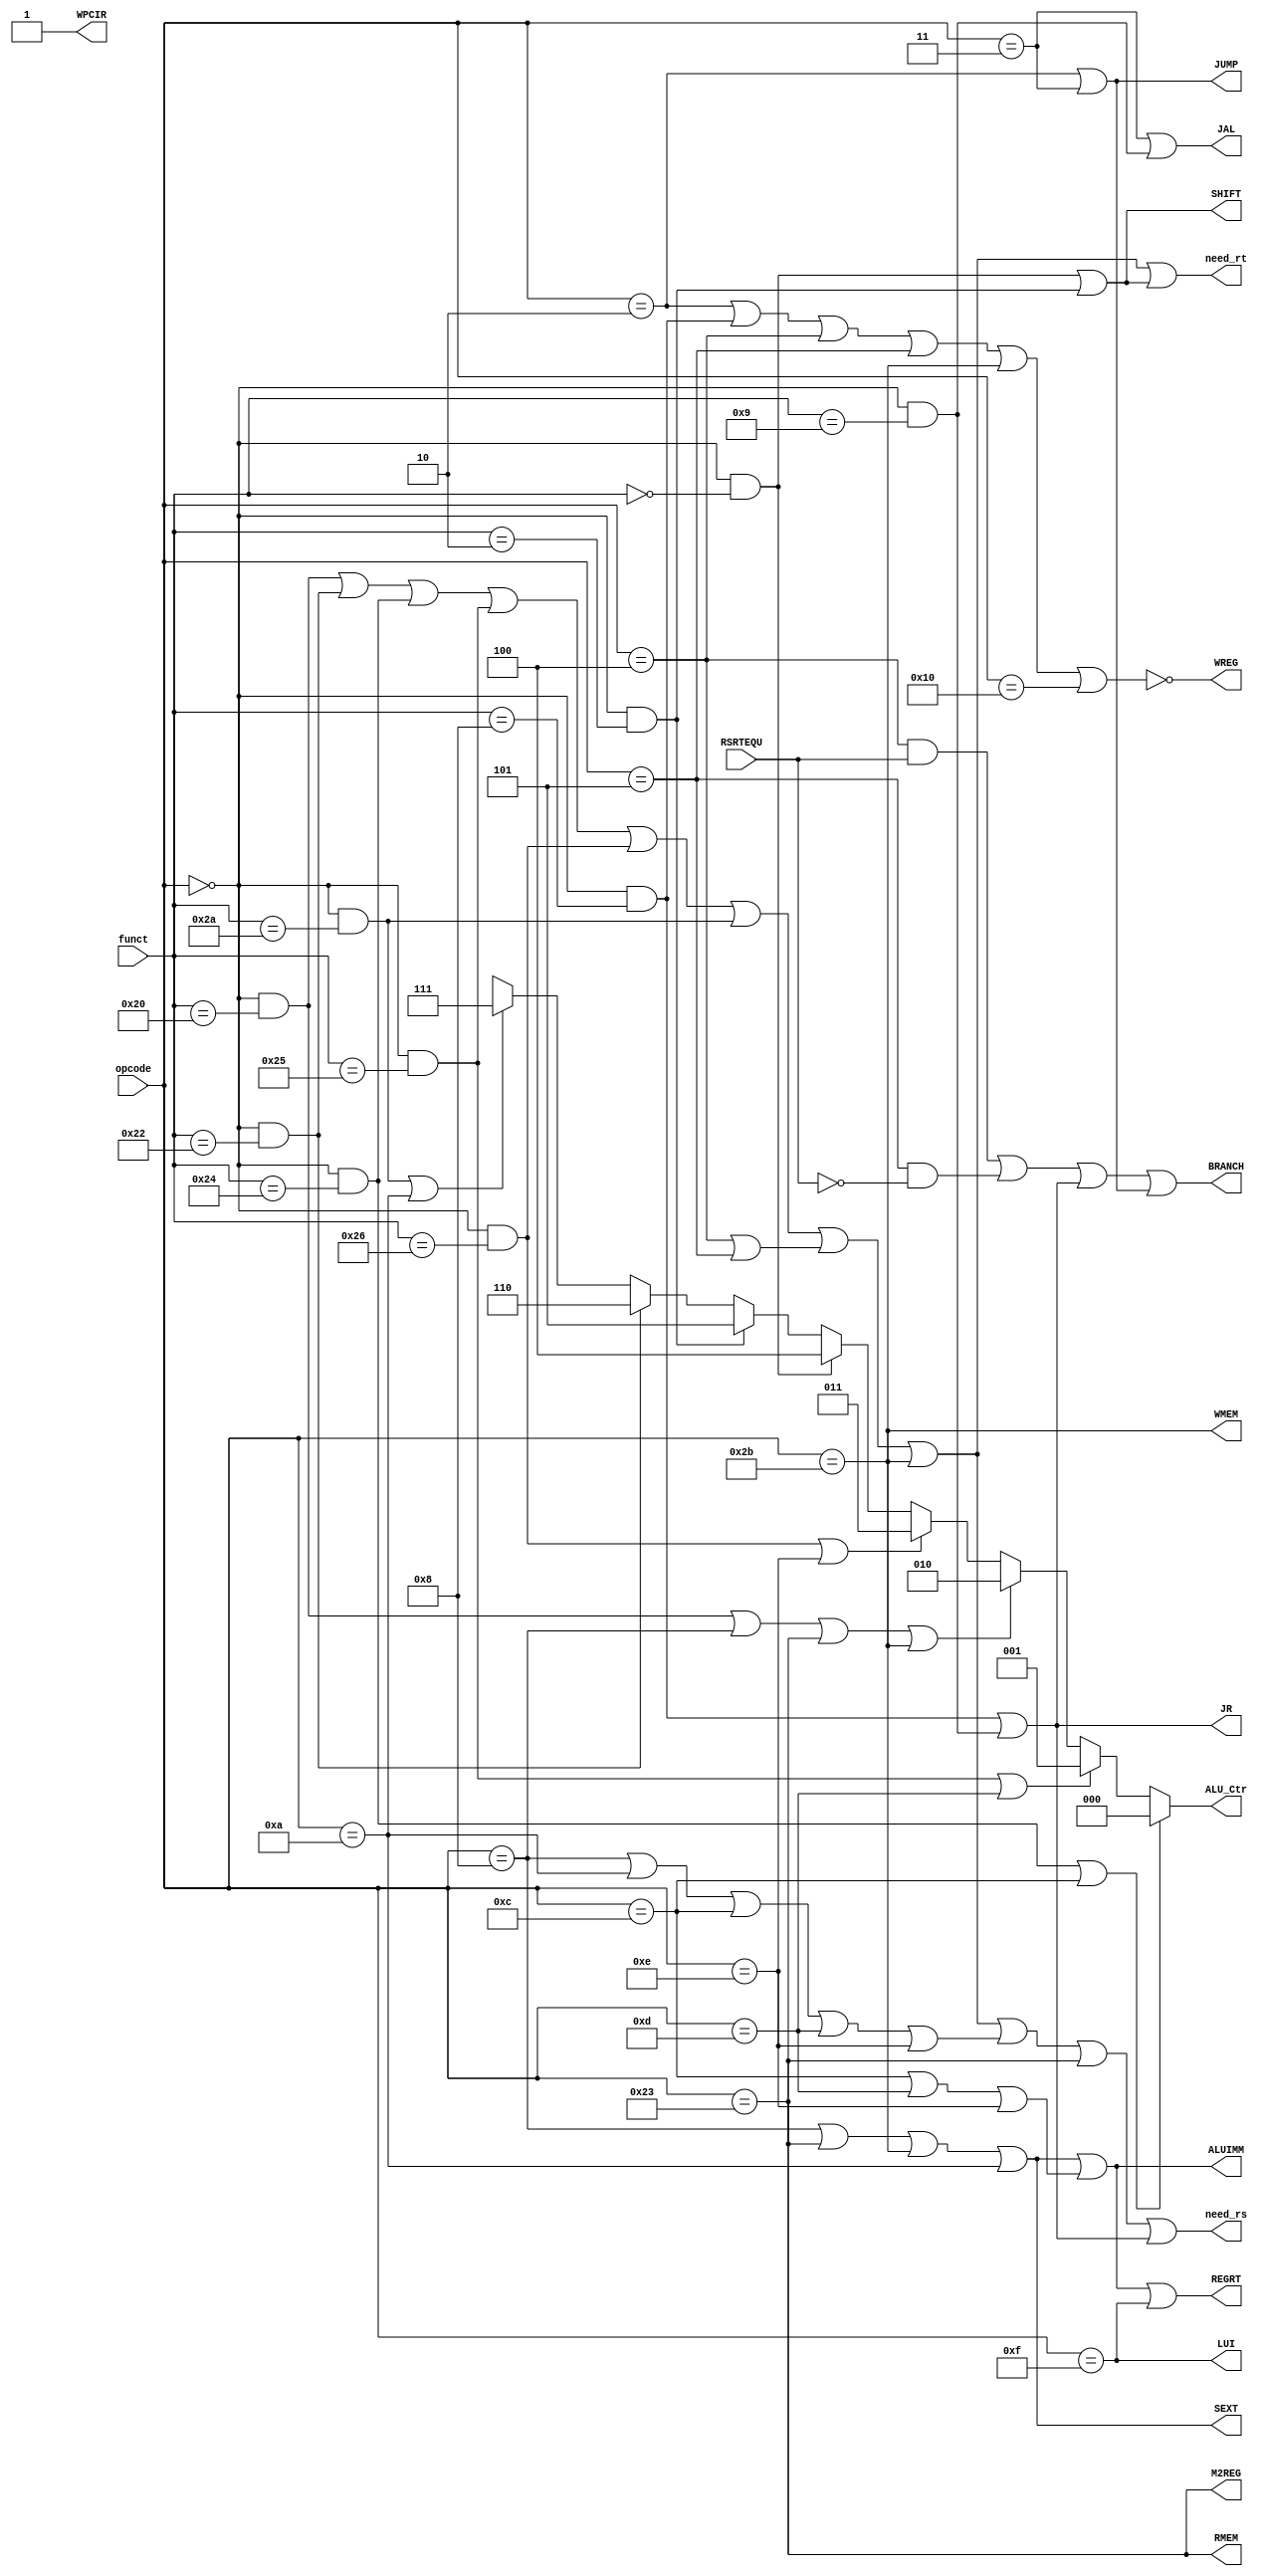
// *Extended support: see mips_define.instructions
module Control(
    input [5:0] opcode,
    input [5:0] funct,
    input RSRTEQU,

    output JAL,
    output LUI,
    output WREG,
    output M2REG,
    output RMEM,
    output WMEM,
    output reg [2:0] ALU_Ctr,
    output ALUIMM,
    output SHIFT,
    output SEXT,
    output REGRT,
    output JR,
    output JUMP,
    output BRANCH,
    output WPCIR,
    output need_rs,
    output need_rt
    );
// parsing R-instr
wire ALURR = opcode==6'b0;
wire add = ALURR & funct==6'b100000;
wire sub = ALURR & funct==6'b100010;
wire and_ = ALURR & funct==6'b100100;
wire or_ = ALURR & funct==6'b100101;
wire xor_ = ALURR & funct==6'b100110;
wire sll = ALURR & funct==6'b000000;    //! special dta
wire srl = ALURR & funct==6'b000010;    //! special dta
wire slt = ALURR & funct==6'b101010;
wire jr = ALURR & funct==6'b001000;
wire jalr = ALURR & funct==6'b001001;   // R-type
// parsing J,I-instr
wire addi = opcode==6'b001000;
wire andi = opcode==6'b001100;
wire ori = opcode==6'b001101;
wire xori = opcode==6'b001110;
wire lw = opcode==6'b100011;
wire sw = opcode==6'b101011;
wire lui = opcode==6'b001111;
wire slti = opcode==6'b001010;
wire beq = opcode==6'b000100;
wire bne = opcode==6'b000101;   // I-type
wire j = opcode==6'b000010;
wire jal = opcode==6'b000011;   // J-type
wire eret = opcode==6'b010000;
// oprand arrangement
wire dst = add | sub | and_ | or_ | xor_ | slt;
wire sto = beq | bne;
wire tsi = addi | slti | andi | ori | xori;
wire S = jr | jalr;
wire dta = sll | srl;
// Datapath control
assign JAL = jal | jalr;
assign LUI = lui;
assign WREG = ~(j | jr | beq | bne | sw | eret);
assign RMEM = lw;
assign WMEM = sw;
assign ALUIMM = SEXT | (andi | ori | xori);
assign SHIFT = sll | srl;
assign SEXT = addi | lw | sw | slti;
assign REGRT = ALUIMM | lui;
assign JR = jr | jalr;
assign JUMP = j | jal;
assign BRANCH = beq & RSRTEQU | bne & ~RSRTEQU | JR | JUMP; //! pc to another basic block; bad name
assign WPCIR = 1'b1;
assign M2REG = lw;

always @* begin
    if (and_ | andi) ALU_Ctr = 0;
    else if (or_ | ori) ALU_Ctr = 1;
    else if (add | addi | lw | sw) ALU_Ctr = 2;
    else if (xor_ | xori) ALU_Ctr = 3;
    else if (sll) ALU_Ctr = 4;
    else if (srl) ALU_Ctr = 5;
    else if (sub) ALU_Ctr = 6;
    else if (slt | slti) ALU_Ctr = 7;
    else ALU_Ctr = 'bx;
end
// oprand dependency
assign need_rs = dst | sto | sw | tsi | lw | S;
assign need_rt = dst | sto | sw | dta;

endmodule